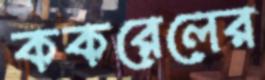
ককরেলের